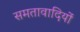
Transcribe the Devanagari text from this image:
समतावादियों